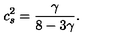
c _ { s } ^ { 2 } = \frac { \gamma } { 8 - 3 \gamma } .